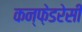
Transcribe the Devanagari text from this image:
कन्फ़ेडरेसी